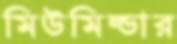
মিউমিল্ডার